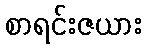
စာရင်းဇယား